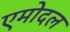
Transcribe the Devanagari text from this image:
एमोदल